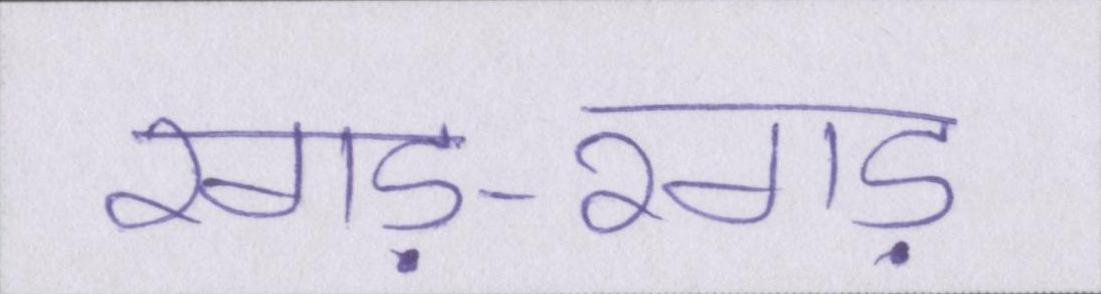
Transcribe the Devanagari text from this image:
रगड़-रगड़